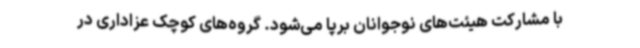
با مشارکت هیئت‌های نوجوانان برپا می‌شود. گروه‌های کوچک عزاداری در